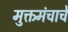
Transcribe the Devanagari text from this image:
मुक्तमंचाचे